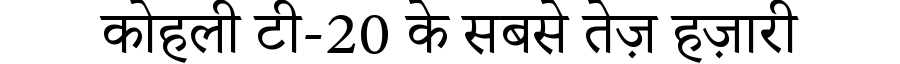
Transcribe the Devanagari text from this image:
कोहली टी-20 के सबसे तेज़ हज़ारी